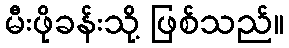
မီးဖိုခန်းသို့ ဖြစ်သည်။